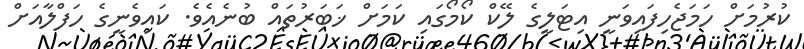
ކުރުމަށް ހަމަޖެހިފައިވަނީ އިޓަލީގެ ލޭކް ކޯމޯގައި ކަމަށް ޚަބަރުތައް ބުނެއެވެ. ކައިވެނީގެ ހަފްލާއަށް